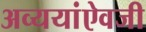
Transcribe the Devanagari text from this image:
अव्ययांऐवजी